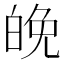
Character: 𪽿